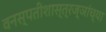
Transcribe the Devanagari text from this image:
वनस्पतीशास्त्रज्ञांच्या